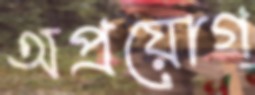
অপ্রয়োগ